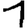
Digit: 1